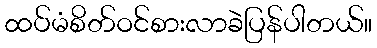
ထပ်မံစိတ်ဝင်စားလာခဲပြန်ပါတယ်။